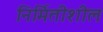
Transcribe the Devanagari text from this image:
निर्मितीशील